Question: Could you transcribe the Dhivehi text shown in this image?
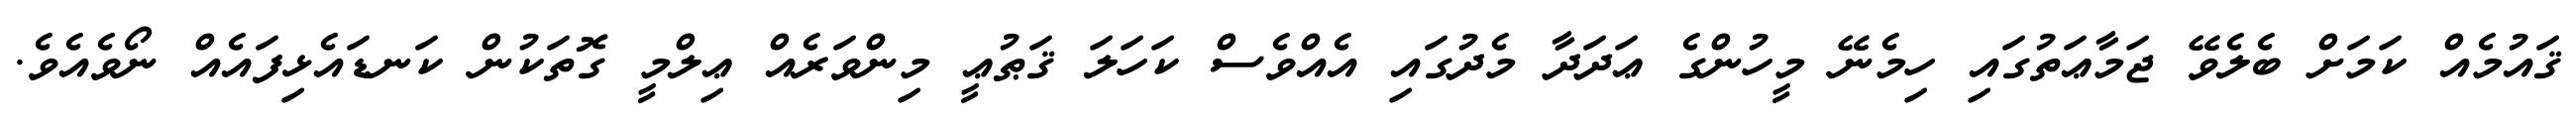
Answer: ޤައުމެއް ކަމަށް ބެލެވޭ ޖަމާޢަތުގައި ހިމެނޭ މީހުންގެ ޢަދަދާ މެދުގައި އެއްވެސް ކަހަލަ ޤަޠުޢީ މިންވަރެއް ޢިލްމީ ގޮތަކުން ކަނޑައެޅިފައެއް ނޯވެއެވެ.